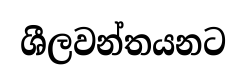
ශීලවන්තයනට